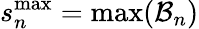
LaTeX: s_{n}^{\mathrm{max}}=\operatorname*{max}(\mathcal{B}_{n})